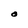
Character: O